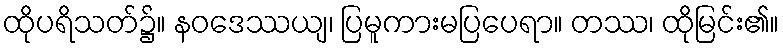
ထိုပရိသတ်၌။ နဝဒေဿယျ၊ ပြမူကားမပြပေရာ။ တဿ၊ ထိုမြင်း၏။